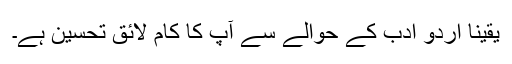
یقیناً اردو ادب کے حوالے سے آپ کا کام لائق تحسین ہے۔